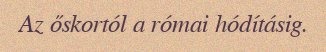
Az őskortól a római hódításig.